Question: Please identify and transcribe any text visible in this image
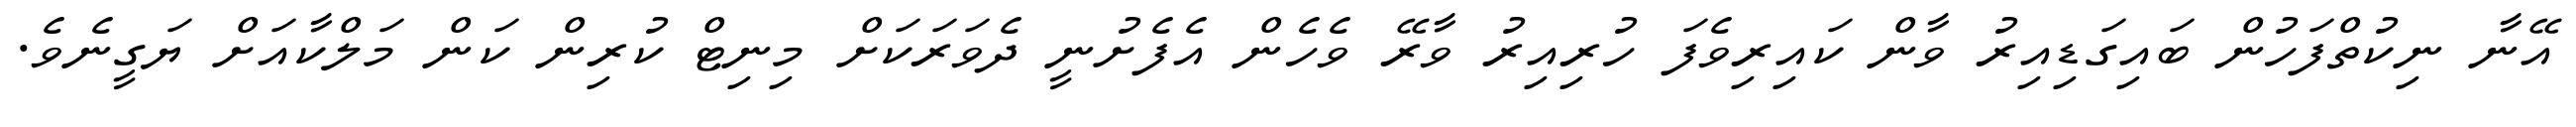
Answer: އޭނާ ނިކުތްފަހުން ބައިގަޑިއިރު ވާން ކައިރިވެފަ ހުރިއިރު ވާރޭ ވެހެން އެފެށުނީ ދެވަރަކަށް މިނިޓް ކުރިން ކަން މަލްކާއަށް ޔަގީނެވެ.